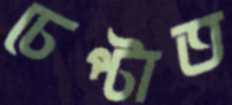
চেপ্‌টাত